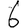
Digit: 6